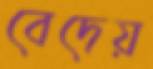
বেদেয়